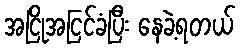
အငြိုအငြင်ခံပြီး နေခဲ့ရတယ်